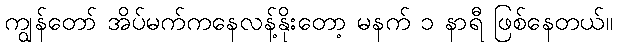
ကျွန်တော် အိပ်မက်ကနေလန့်နိုးတော့ မနက် ၁ နာရီ ဖြစ်နေတယ်။